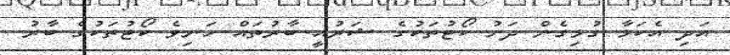
އަދި އެކަމާ ގުޅިގެން ދަށު ކޯޓުތަކުގެ ޝަރުއީ ބާރުތައް ހަނިވެ ކޯޓުތަކުގެ ބާރު